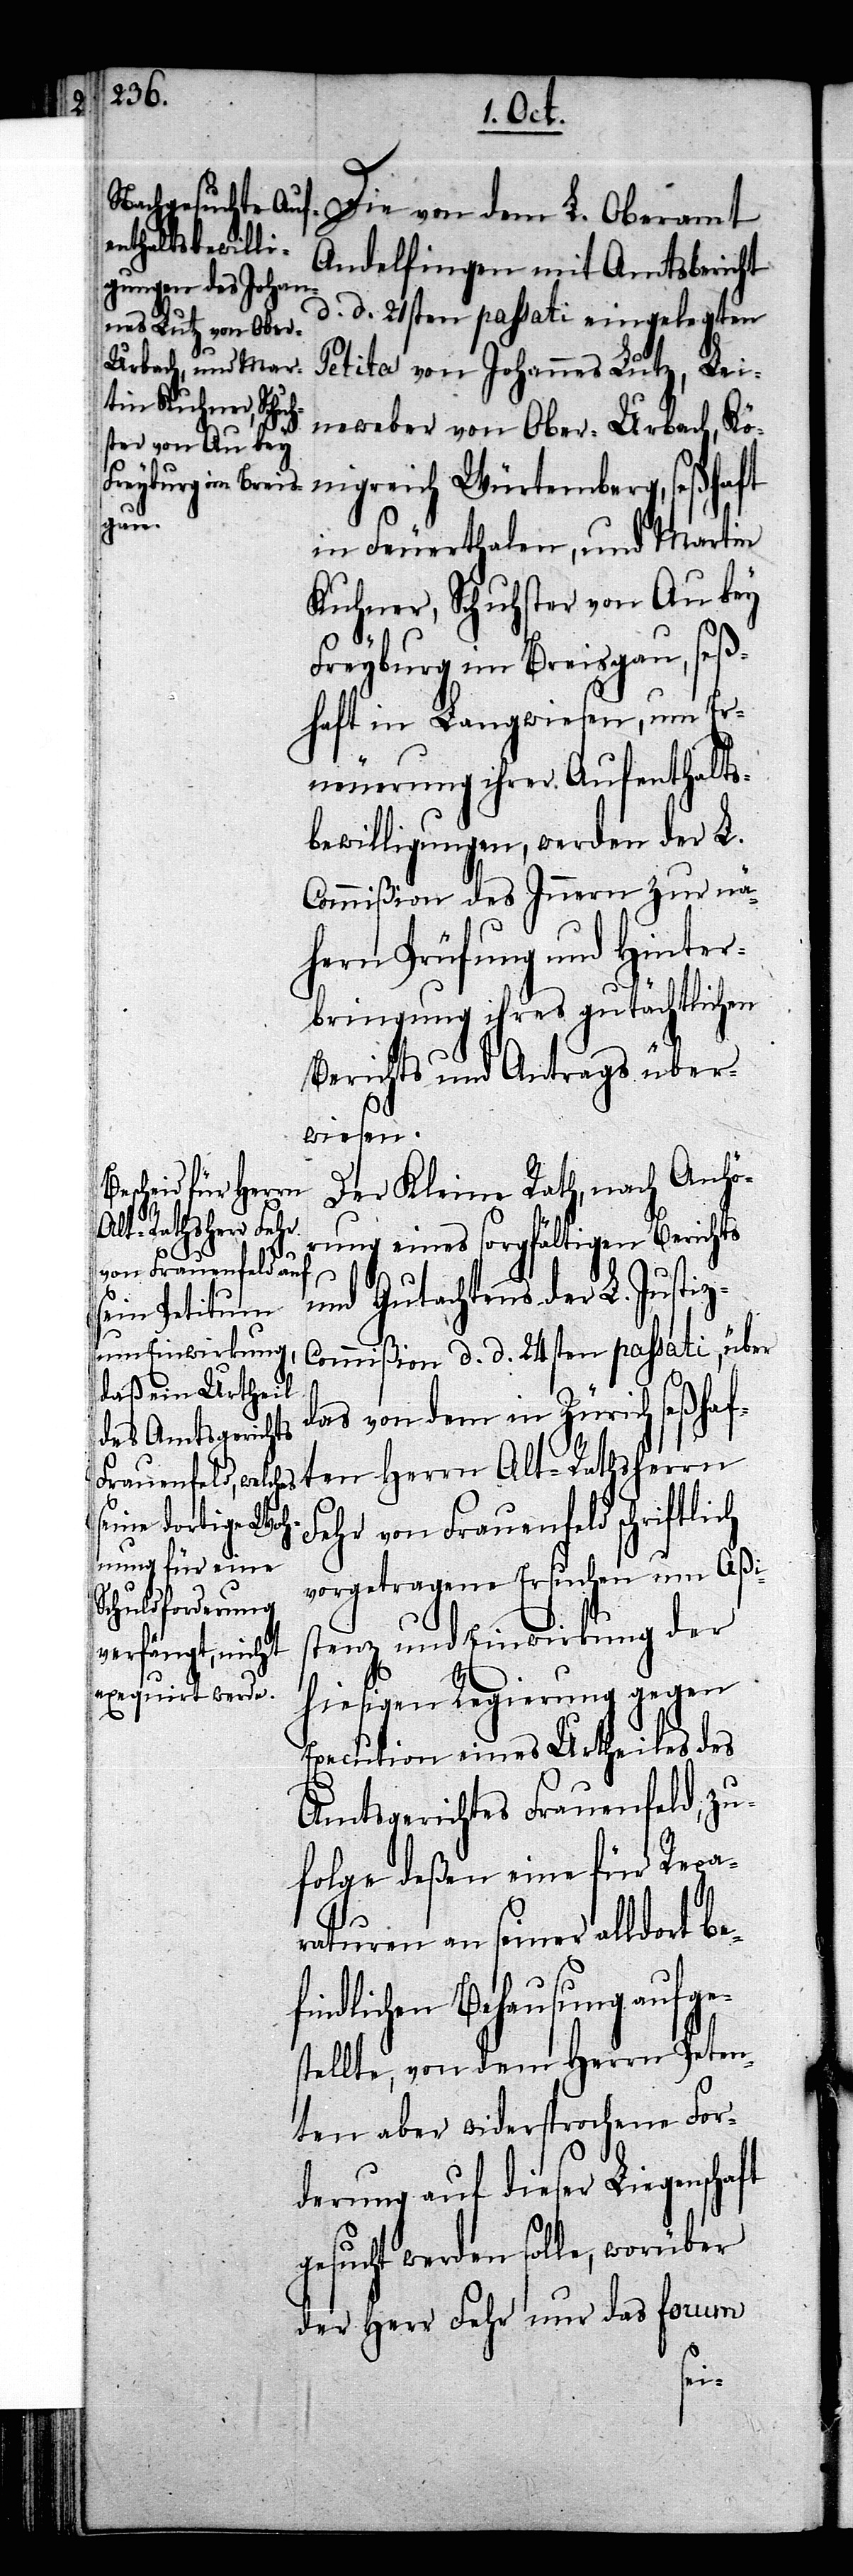
L.

Andelfingen mit Amtsbericht
d. d. 21sten passati eingelegten
Petita von Johannes Lutz, Lei¬
neweber von Ober-Urbach, Kö¬
nigreich Würtemberg, seßhaft
in Feuerthalen, und Martin
Kuhner, Schuhster von Au bey
Freyburg im Breisgau, seß¬
haft in Langwiesen, um Er¬
neuerung ihrer Aufenthalts¬
bewilligungen, werden der L.
Commißion des Innern zur nä¬
hern Prüfung und Hinter¬
bringung ihres gutächtlichen
Berichts und Antrags über¬
wiesen.
Der Kleine Rath, nach Anhö¬
Alt-Rathsherrn
rung eines sorgfältigen Berichts
und Gutachtens der L. Justi¬
z-Commißion d. d. 24sten passati, über
das von dem in Zürich seßhaf¬
Fehr von Frauenfeld schriftlich
vorgetragene Ersuchen um Aßi¬
stenz und Einwirkung der
hiesigen Regierung gegen
Execution eines Urtheiles des
Amtsgerichtes Frauenfeld, zu¬
folge deßen eine für Repa¬
raturen an seiner alldort be¬
findlichen Behausung aufge¬
stellte, von dem Herrn Peten¬
ten aber widersprochene For¬
derung auf dieser Liegenschaft
gesucht werden solle, worüber
der Herr Fehr nur das forum
ten